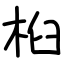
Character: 桕